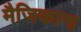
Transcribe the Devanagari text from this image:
मैजिकाना